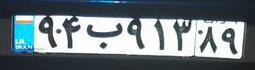
۹۴ب۹۱۳۸۹